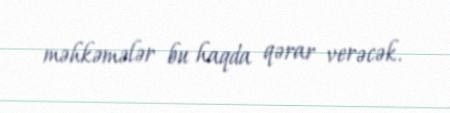
məhkəmələr bu haqda qərar verəcək.